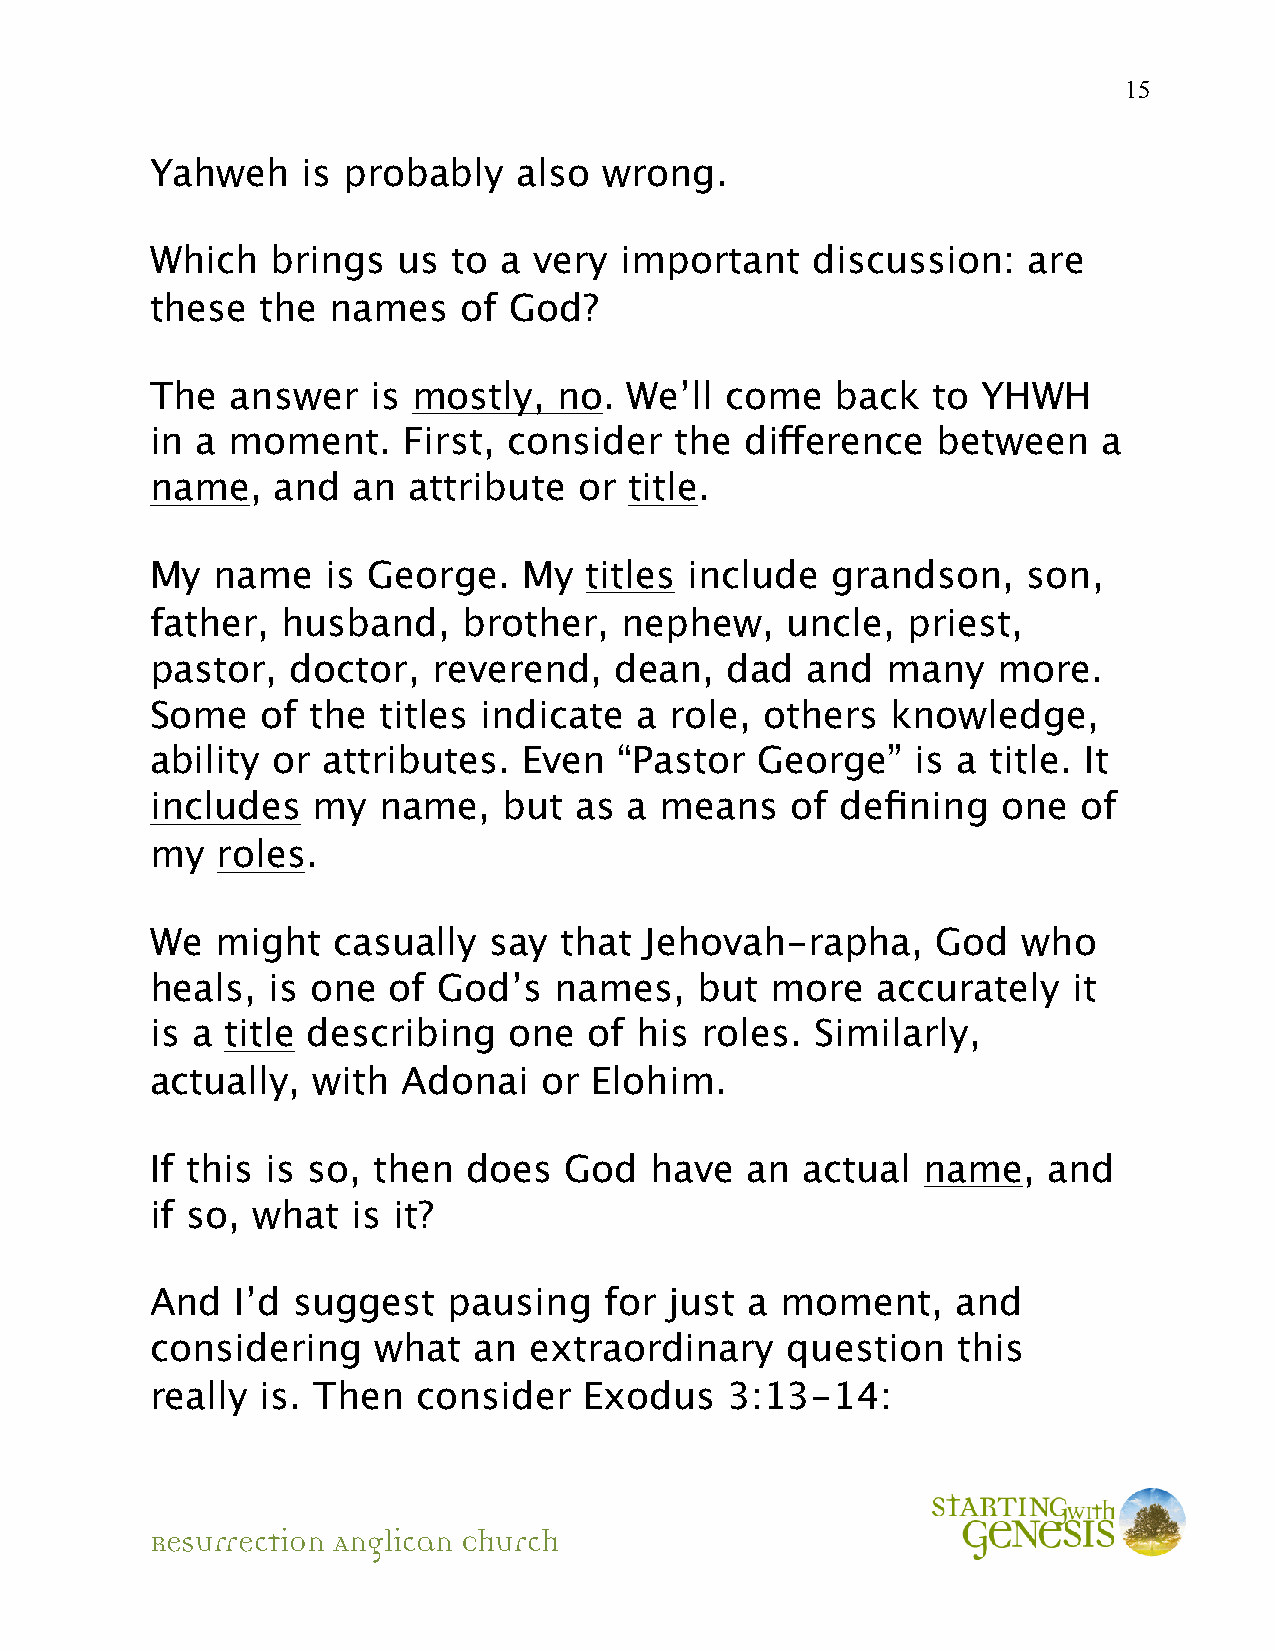
15
 Yahweh    is probably   also  wrong.
 Which   brings  us  to a very  important    discussion:   are
 these  the  names    of God?
 The  answer   is mostly,   no.  We’ll come   back   to YHWH
 in a moment.     First, consider   the difference   between    a
 name,   and  an  attribute  or  title.
 My  name    is George.   My  titles include  grandson,    son,
 father,  husband,    brother,  nephew,    uncle,  priest,
 pastor,  doctor,   reverend,   dean,  dad  and   many   more.
 Some   of  the titles indicate  a role,  others  knowledge,
 ability or attributes.   Even  “Pastor  George”    is a title. It
 includes   my  name,   but  as  a means   of  defining  one  of
 my  roles.
 We  might   casually  say  that  Jehovah-rapha,     God   who
 heals,  is one  of God’s   names,   but  more   accurately   it
 is a title describing   one  of his roles.  Similarly,
 actually,  with  Adonai   or Elohim.
 If this is so, then  does  God   have  an  actual  name,   and
 if so, what  is it?
 And   I’d suggest   pausing   for just a  moment,    and
 considering    what  an  extraordinary    question   this
 really is. Then   consider   Exodus   3:13-14:
 Resurrection Anglican Church